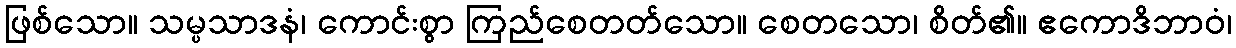
ဖြစ်သော။ သမ္ပသာဒနံ၊ ကောင်းစွာ ကြည်စေတတ်သော။ စေတသော၊ စိတ်၏။ ဧကောဒိဘာဝံ၊